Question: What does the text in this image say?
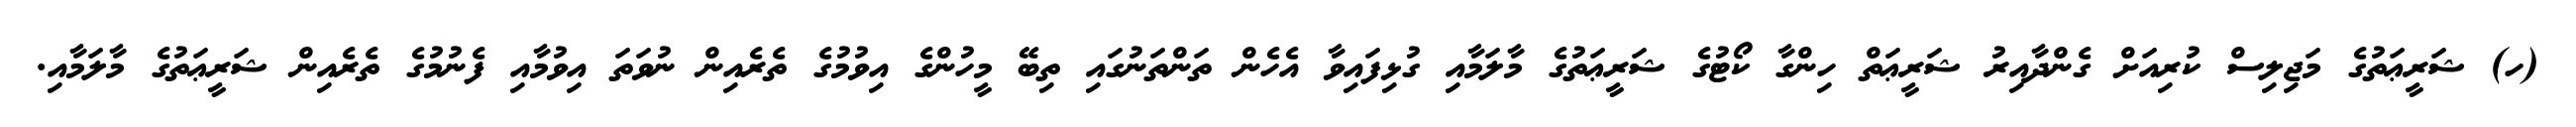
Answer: (ހ) ޝަރީޢަތުގެ މަޖިލިސް ކުރިއަށް ގެންދާއިރު ޝަރީޢަތް ހިންގާ ކޯޓުގެ ޝަރީޢަތުގެ މާލަމާއި ގުޅިފައިވާ އެހެން ތަންތަނުގައި ތިބޭ މީހުންގެ އިވުމުގެ ތެރެއިން ނުވަތަ އިވުމާއި ފެނުމުގެ ތެރެއިން ޝަރީޢަތުގެ މާލަމާއި.